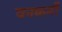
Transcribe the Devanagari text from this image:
वनकर्मी